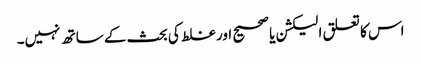
اس کا تعلق الیکشن یا صحیح اور غلط کی بحث کے ساتھ نہیں۔